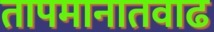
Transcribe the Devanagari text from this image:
तापमानातवाढ